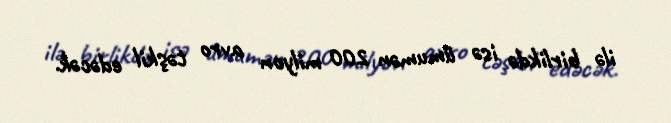
ilə birlikdə isə ümumən 200 milyon avro təşkil edəcək.